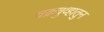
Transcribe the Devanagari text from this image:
चक्रवुव्हातुन